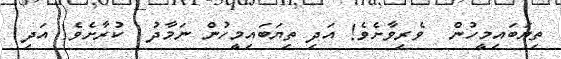
ތިޔަބައިމީހުން  ވެރިވާށެވެ! އަދި ތިޔަބައިމީހުން ނަމާދު  ކުރާށެވެ! އަދި